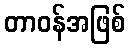
တာဝန်အဖြစ်